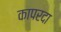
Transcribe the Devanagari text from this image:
कापरदा